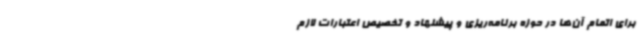
برای اتمام آن‌ها در حوزه برنامه‌ریزی و پیشنهاد و تخصیص اعتبارات لازم